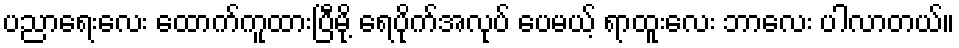
ပညာရေးလေး ထောက်ကူထားပြီမို့ ရေပိုက်အလုပ် ပေမယ့် ရာထူးလေး ဘာလေး ပါလာတယ်။